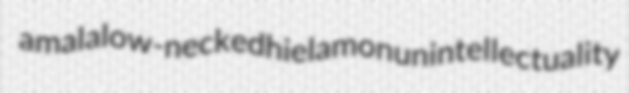
amala low-necked hielamon unintellectuality